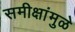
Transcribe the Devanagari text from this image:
समीक्षांमुळे